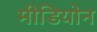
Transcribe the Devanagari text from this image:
मीडियोन